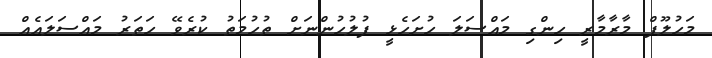
މަހުލޫފް މާރާމާރީ ހިންގި މައްސަލަ ހުށަހެޅީ ފުލުހުންނަށް ތުހުމަތު ކުރެވޭ ހަތަރު މައްސަލައެއް